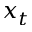
x _ { t }